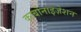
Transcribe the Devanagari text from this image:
कार्बोनाइज़ेशन